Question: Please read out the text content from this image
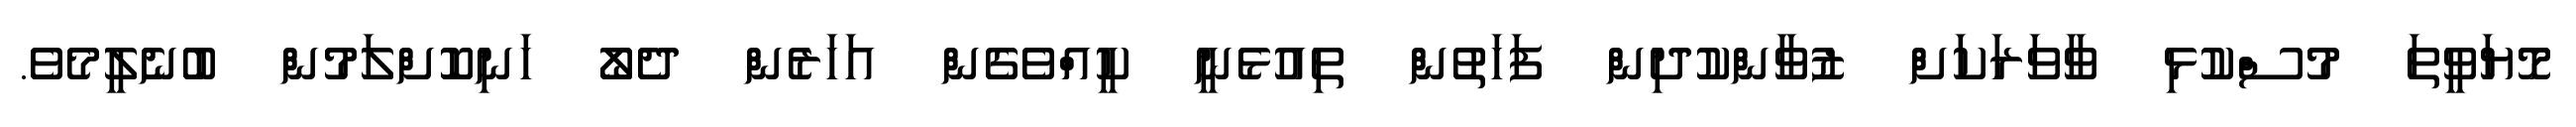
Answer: މޮޔަވީތަ މުސްކުޅި ވާވަރަކަށް ޒުވާންކުދިން ފަހަތުން ތިއުޅެނީ ކީއްވެގެން އަހަރެން ދެލޯ ހަނިކޮށްލަމުން ބުނެލީމެވެ.